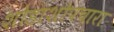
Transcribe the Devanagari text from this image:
शोडाशोपचारा